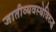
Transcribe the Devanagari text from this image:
जातीव्यवस्थेविरुद्ध